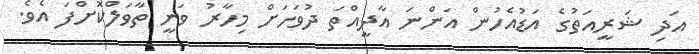
އަދި ޝަރީއަތުގެ އަޑުއެހުން އަންނަ އާދީއްތަ ދުވަހަށް މިހާރު ވަނީ ތާވަލްކޮށްފަ އެވެ.